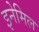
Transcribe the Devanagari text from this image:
इनेमिल